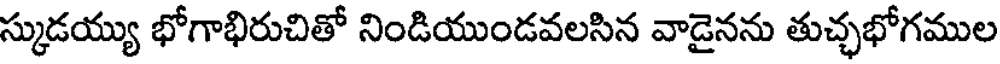
స్కుడయ్యు భోగాభిరుచితో నిండియుండవలసిన వాడైనను తుచ్ఛభోగముల